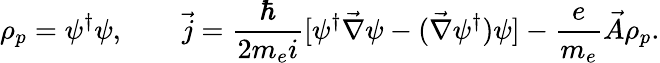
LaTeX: \rho_{p}=\psi^{\dagger}\psi,\qquad\vec{j}=\frac{\hbar}{2m_{e}i}[\psi^{\dagger}\vec{\nabla}\psi-(\vec{\nabla}\psi^{\dagger})\psi]-\frac{e}{m_{e}}\vec{A}\rho_{p}.